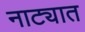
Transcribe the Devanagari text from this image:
नाट्यात